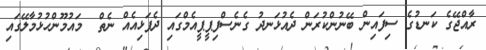
ރާއްޖޭގެ ކަނޑުގެ ސިފައިން ބޭނުންކުރަން ދެއުޅަނދު ގެނެސްފިޕީޕީއެމްގައި ދެފަޅިއެއް ނެތް  މައުމޫންހުޅުމާލޭގައި